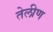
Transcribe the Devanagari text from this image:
तेलीण